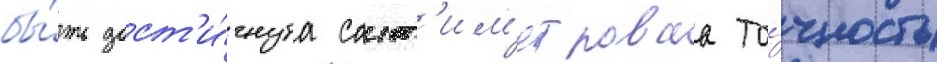
бы́ть дост'и́гнута сант'им'етроваа то́чность